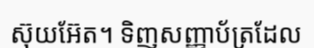
ស៊ុយអ៊ែត។ ទិញសញ្ញាប័ត្រដែល